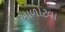
આળોટવા